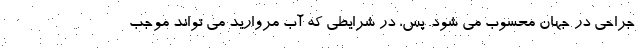
جراحی در جهان محسوب می شود. پس، در شرایطی که آب مروارید می تواند موجب